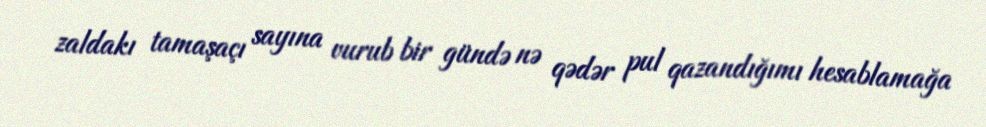
zaldakı tamaşaçı sayına vurub bir gündə nə qədər pul qazandığımı hesablamağa